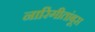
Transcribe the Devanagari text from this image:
नारिंगीतांबूस